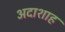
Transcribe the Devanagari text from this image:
अदाशाह